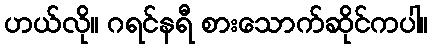
ဟယ်လို။ ဂရင်နရီ စားသောက်ဆိုင်ကပါ။